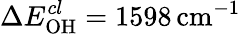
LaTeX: \Delta E_{\mathrm{OH}}^{cl}=1598\, \mathrm{cm}^{-1}